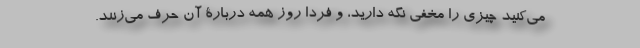
می‌کنید چیزی را مخفی نگه دارید، و فردا روز همه دربارۀ آن حرف می‌زنند.